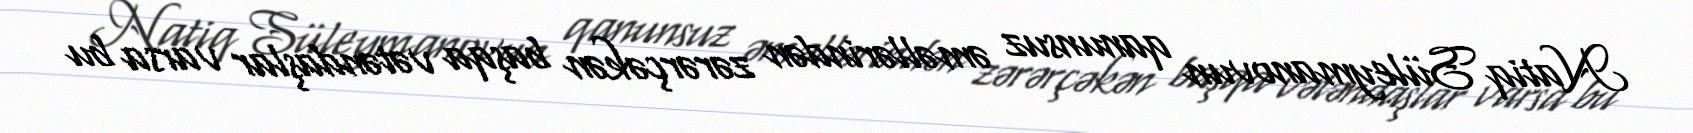
Natiq Süleymanovun qanunsuz əməllərindən zərərçəkən başqa vətəndaşlar varsa bu